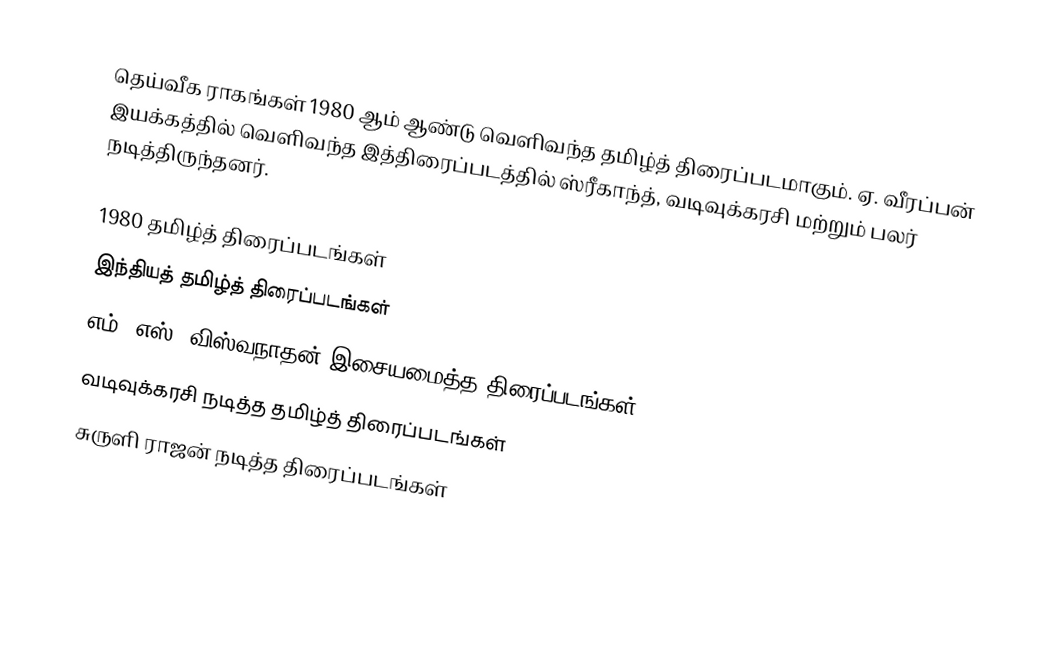
தெய்வீக ராகங்கள் 1980 ஆம் ஆண்டு வெளிவந்த தமிழ்த் திரைப்படமாகும். ஏ. வீரப்பன் இயக்கத்தில் வெளிவந்த இத்திரைப்படத்தில் ஸ்ரீகாந்த், வடிவுக்கரசி மற்றும் பலர் நடித்திருந்தனர்.

1980 தமிழ்த் திரைப்படங்கள்
இந்தியத் தமிழ்த் திரைப்படங்கள்
எம். எஸ். விஸ்வநாதன் இசையமைத்த திரைப்படங்கள்
வடிவுக்கரசி நடித்த தமிழ்த் திரைப்படங்கள்
சுருளி ராஜன் நடித்த திரைப்படங்கள்